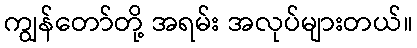
ကျွန်တော်တို့ အရမ်း အလုပ်များတယ်။